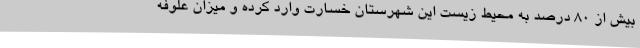
بیش از ۸۰ درصد به محیط زیست این شهرستان خسارت وارد کرده و میزان علوفه